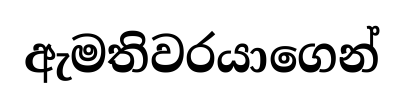
ඇමතිවරයාගෙන්